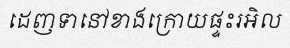
ដេញទានៅខាងក្រោយផ្ទះរអិល